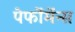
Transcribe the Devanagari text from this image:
पेर्फोर्मेन्स